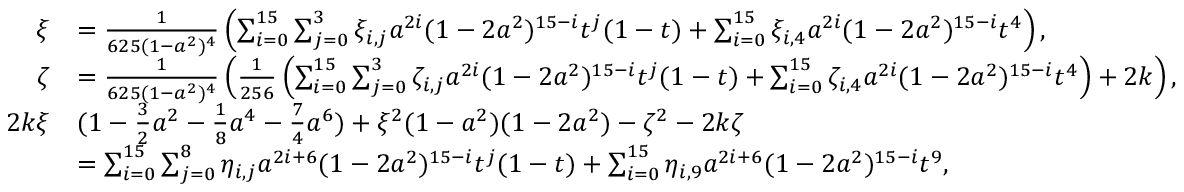
\begin{array} { r l } { \xi } & { = \frac { 1 } { 6 2 5 ( 1 - a ^ { 2 } ) ^ { 4 } } \left( \sum _ { i = 0 } ^ { 1 5 } \sum _ { j = 0 } ^ { 3 } \xi _ { i , j } a ^ { 2 i } ( 1 - 2 a ^ { 2 } ) ^ { 1 5 - i } t ^ { j } ( 1 - t ) + \sum _ { i = 0 } ^ { 1 5 } \xi _ { i , 4 } a ^ { 2 i } ( 1 - 2 a ^ { 2 } ) ^ { 1 5 - i } t ^ { 4 } \right) , } \\ { \zeta } & { = \frac { 1 } { 6 2 5 ( 1 - a ^ { 2 } ) ^ { 4 } } \left( \frac { 1 } { 2 5 6 } \left( \sum _ { i = 0 } ^ { 1 5 } \sum _ { j = 0 } ^ { 3 } \zeta _ { i , j } a ^ { 2 i } ( 1 - 2 a ^ { 2 } ) ^ { 1 5 - i } t ^ { j } ( 1 - t ) + \sum _ { i = 0 } ^ { 1 5 } \zeta _ { i , 4 } a ^ { 2 i } ( 1 - 2 a ^ { 2 } ) ^ { 1 5 - i } t ^ { 4 } \right) + 2 k \right) , } \\ { 2 k \xi } & { ( 1 - \frac 3 2 a ^ { 2 } - \frac 1 8 a ^ { 4 } - \frac 7 4 a ^ { 6 } ) + \xi ^ { 2 } ( 1 - a ^ { 2 } ) ( 1 - 2 a ^ { 2 } ) - \zeta ^ { 2 } - 2 k \zeta } \\ & { = \sum _ { i = 0 } ^ { 1 5 } \sum _ { j = 0 } ^ { 8 } \eta _ { i , j } a ^ { 2 i + 6 } ( 1 - 2 a ^ { 2 } ) ^ { 1 5 - i } t ^ { j } ( 1 - t ) + \sum _ { i = 0 } ^ { 1 5 } \eta _ { i , 9 } a ^ { 2 i + 6 } ( 1 - 2 a ^ { 2 } ) ^ { 1 5 - i } t ^ { 9 } , } \end{array}